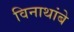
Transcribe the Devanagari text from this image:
विनाथांबे